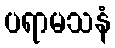
ပရာမသနံ